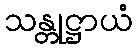
သန္တုဋ္ဌာယံ